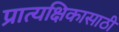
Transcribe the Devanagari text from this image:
प्रात्यक्षिकासाठी